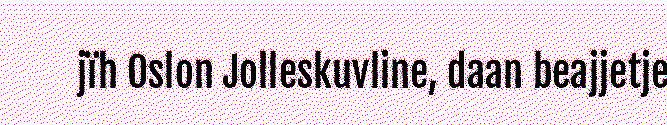
jïh Oslon Jolleskuvline, daan beajjetje